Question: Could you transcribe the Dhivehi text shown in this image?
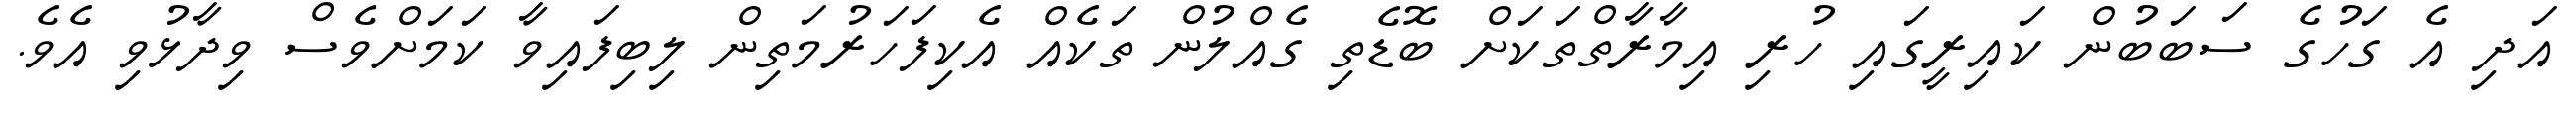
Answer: އަދި އެ ގަހުގެ ސަބަބުން ކައިރީގައި ހުރި އިމާރާތްތަކަށް ބޮޑެތި ގެއްލުން ތަކެއް އެކިފަހަރުމަތިން ލިބިފައިވާ ކަމަށްވެސް ވިދާޅުވި އެވެ.